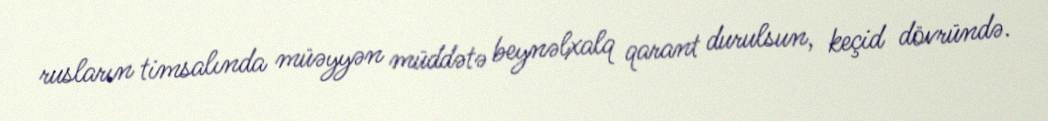
rusların timsalında müəyyən müddətə beynəlxalq qarant durulsun, keçid dövründə.